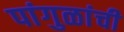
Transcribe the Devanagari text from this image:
पांगुळांची